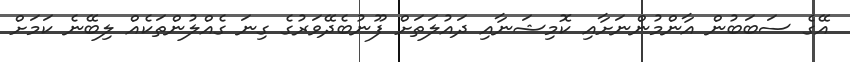
އޭގެ ސަބަބުން އާންމުންނަށާއި ކޮމިޝަނާއި ދައުލަތަށް ފޫނުބެދޭވަރުގެ ގިނަ ގެއްލުންތަކެއް ލިބޭނެ ކަމަށް